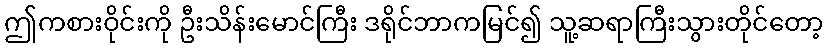
ဤကစားဝိုင်းကို ဦးသိန်းမောင်ကြီး ဒရိုင်ဘာကမြင်၍ သူ့ဆရာကြီးသွားတိုင်တော့